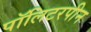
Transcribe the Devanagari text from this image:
पॉलिटरपीन